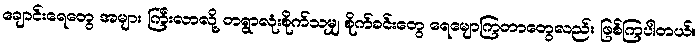
ချောင်းရေတွေ အများ ကြီးလာလို့ တရွာလုံးစိုက်သမျှ စိုက်ခင်းတွေ ရေမျောကြတာတွေလည်း ဖြစ်ကြပါတယ်။